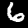
Label: 6